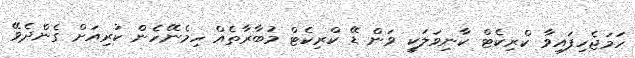
ހަމަޖެހިފައިވާ ކްރިކެޓް ކާނިވަލަކީ ވަން ޑޭ ކްރިކެޓް މުބާރާތެއް ހިމެނޭހެން ކުރިއަށް ގެންދެވޭ